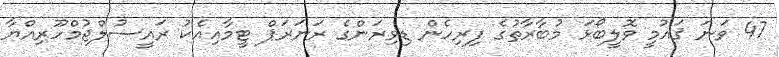
47 ވަނަ ޤައުމީ ވޮލީބޯޅަ މުބާރާތުގެ ފިރިހެން ޑިވިޜަންގެ ރަނަރަޕް ޓީމާއިއެކު ރައީސުލްޖުމްހޫރިއްޔާ